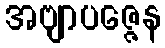
အဗျာပဇ္ဇေန